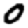
Digit: 0